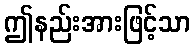
ဤနည်းအားဖြင့်သာ